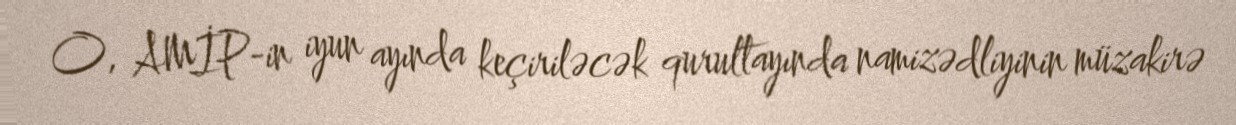
O, AMİP-in iyun ayında keçiriləcək qurultayında namizədliyinin müzakirə